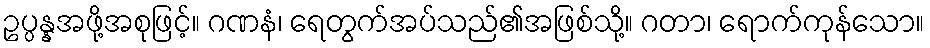
ဥပ္ပန္နအဖို့အစုဖြင့်။ ဂဏနံ၊ ရေတွက်အပ်သည်၏အဖြစ်သို့။ ဂတာ၊ ရောက်ကုန်သော။